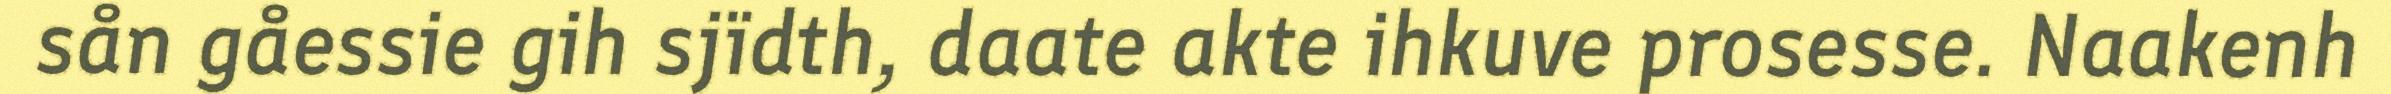
sån gåessie gih sjïdth, daate akte ihkuve prosesse. Naakenh